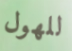
للهول